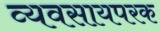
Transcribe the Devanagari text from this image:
व्यवसायपरक